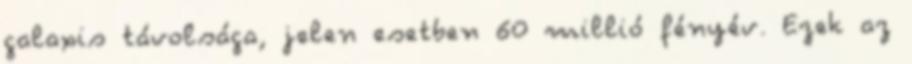
galaxis távolsága, jelen esetben 60 millió fényév. Ezek az